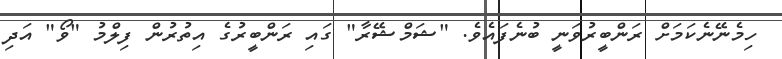
ހިމެނޭނެކަމަށް ރަންބީރުވަނީ ބުނެފައެވެ. "ޝަމްޝޭރާ" ގައި ރަންބީރުގެ އިތުރުން ފިލްމު "ވޯ" އަދި